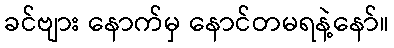
ခင်ဗျား နောက်မှ နောင်တမရနဲ့နော်။